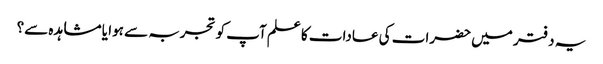
یہ دفتر میں حضرات کی عادات کا علم آپ کو تجربہ سے ہوا یا مشاہدہ سے؟